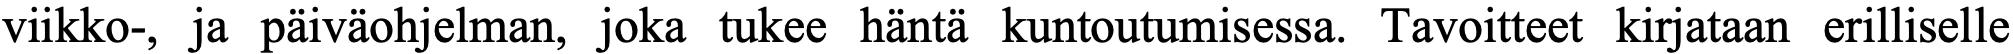
viikko-, ja päiväohjelman, joka tukee häntä kuntoutumisessa. Tavoitteet kirjataan erilliselle